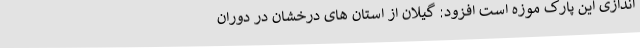
اندازی این پارک موزه است افزود: گیلان از استان های درخشان در دوران